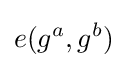
e(g^{a},g^{b})